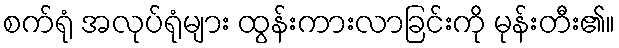
စက်ရုံ အလုပ်ရုံများ ထွန်းကားလာခြင်းကို မုန်းတီး၏။